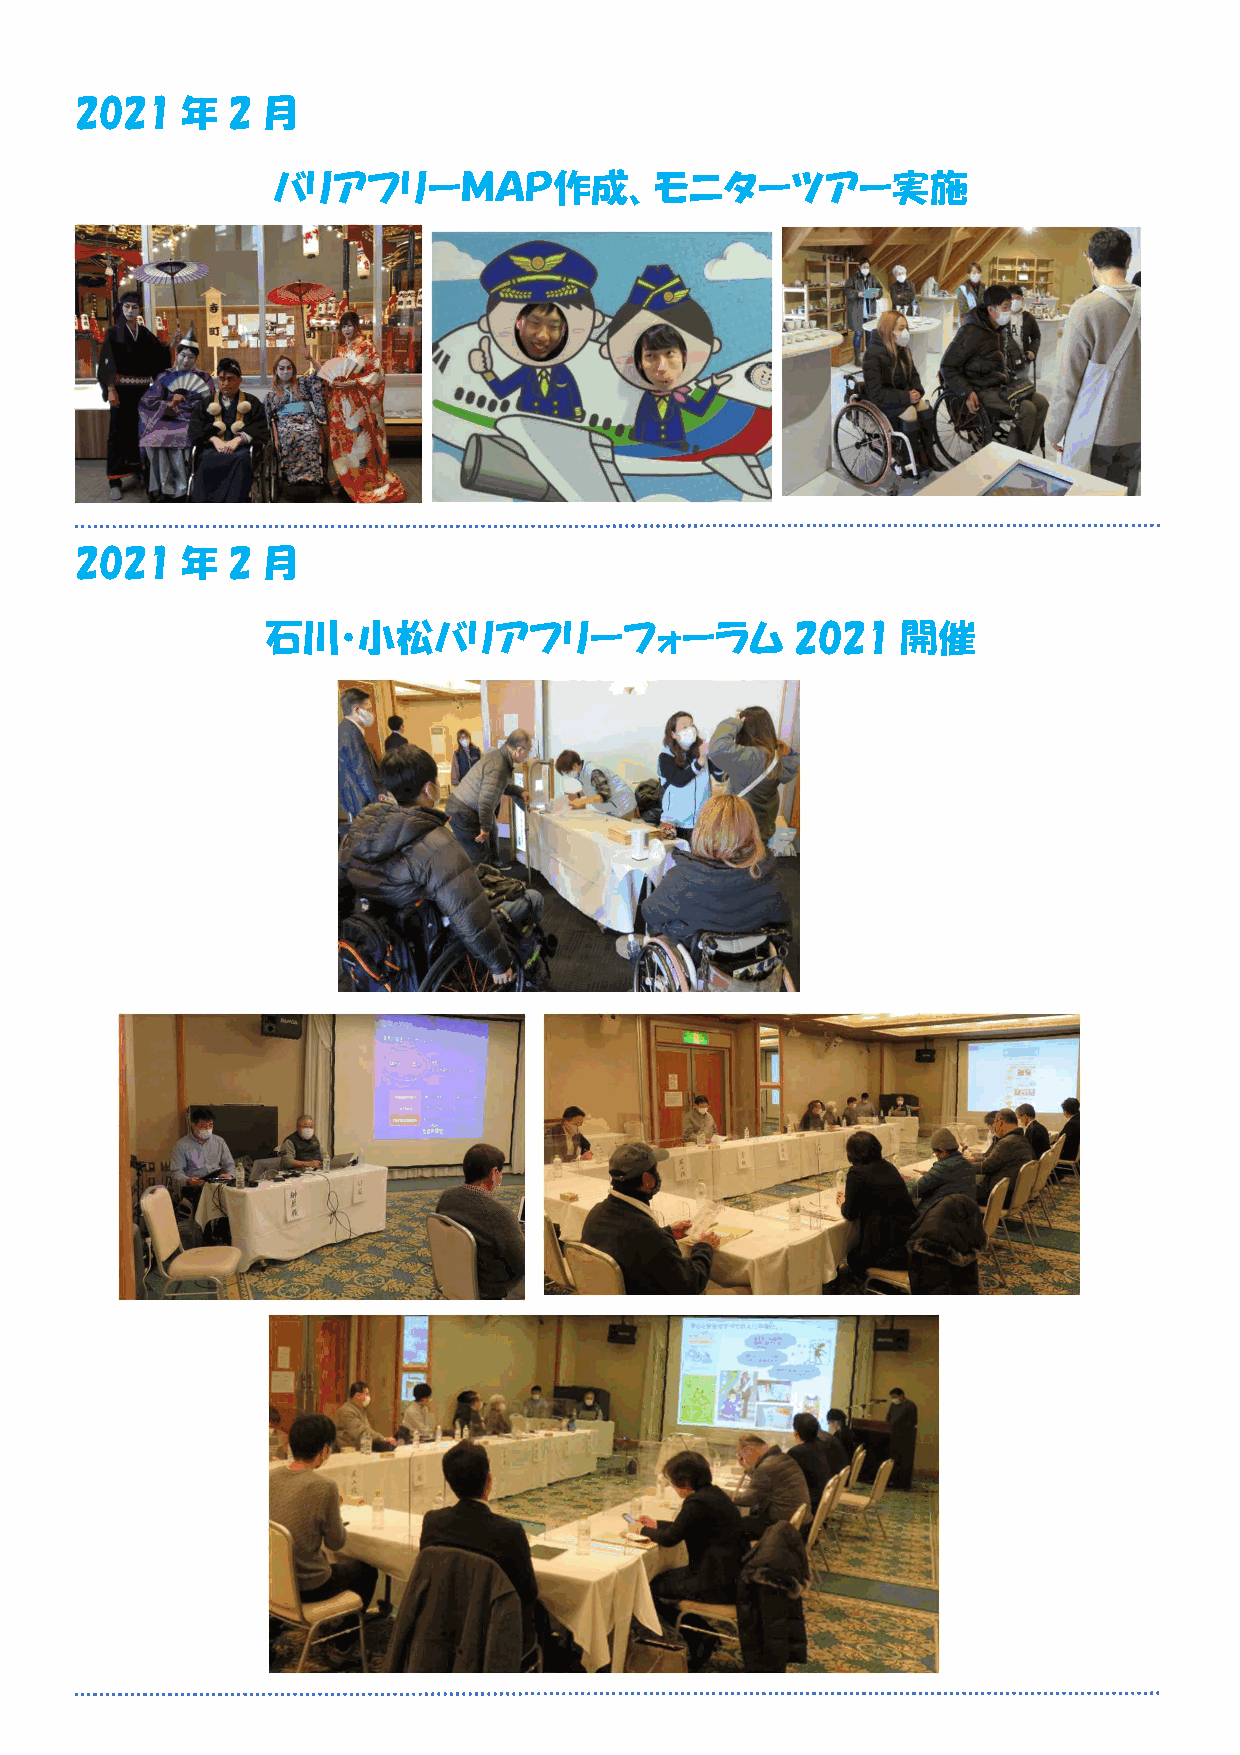
2021   年  2 月
 バリアフリーＭＡＰ作成、モニターツアー実施
 2021   年  2 月
 石川・小松バリアフリーフォーラム                   2021   開催